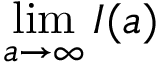
\operatorname* { l i m } _ { a \to \infty } I ( a )